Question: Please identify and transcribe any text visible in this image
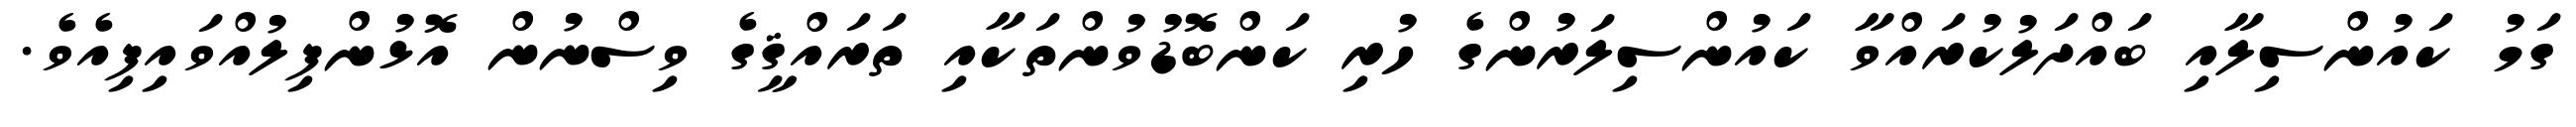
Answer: ގަމު ކައުންސިލާއި ބައްދަލުކުރައްވާ ކައުންސިލަރުންގެ ހުރި ކަންބޮޑުވުންތަކާއި ތަރައްޤީގެ ވިސްނުން އޮޅުންފިލުއްވައިފިއެވެ.